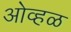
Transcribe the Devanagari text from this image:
ओव्हळ